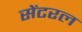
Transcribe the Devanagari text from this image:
सेंटरल